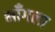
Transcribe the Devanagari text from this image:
भाँगला